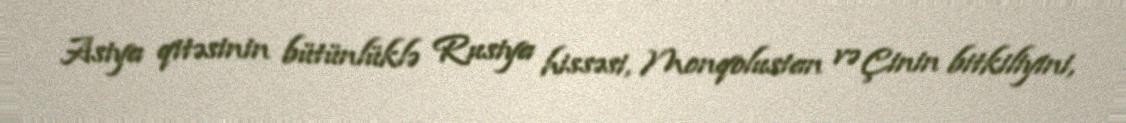
Asiya qitəsinin bütünlüklə Rusiya hissəsi, Monqolustan və Çinin bitkiliyini,